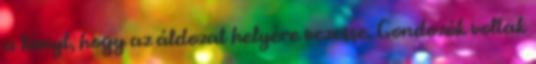
a lányt, hogy az áldozat helyére vezesse. Gondozók voltak